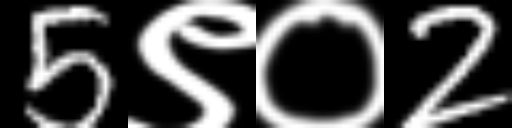
Text: 5९०2